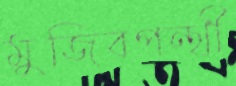
মুজিবপন্থী